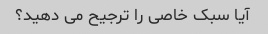
آیا سبک خاصی را ترجیح می دهید؟